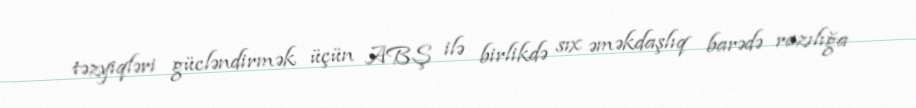
təzyiqləri gücləndirmək üçün ABŞ ilə birlikdə sıx əməkdaşlıq barədə razılığa